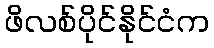
ဖိလစ်ပိုင်နိုင်ငံက